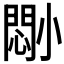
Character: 𫵈